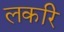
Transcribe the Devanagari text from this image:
लकरि